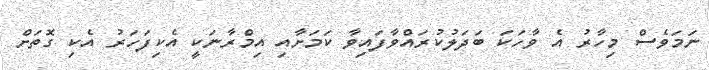
ނަމަވެސް މިހާރު އެ ވާހަކަ ބަދަލުކުރައްވާފައިވާ ކަމަށާއި އިމްރާނަކީ އެކިފަހަރު އެކި ގޮތަށް